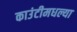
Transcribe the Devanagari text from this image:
काउंटीमधल्या